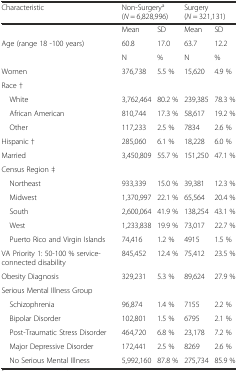
<table><thead><tr><td><b>Characteristic</b></td><td colspan="2"><b>Non-Surgery<sup>a</sup> (<i>N</i> = 6,828,996)</b></td><td colspan="2"><b>Surgery (<i>N</i> = 321,131)</b></td></tr></thead><tbody><tr><td></td><td>Mean</td><td>SD</td><td>Mean</td><td>SD</td></tr><tr><td>Age (range 18 -100 years)</td><td>60.8</td><td>17.0</td><td>63.7</td><td>12.2</td></tr><tr><td></td><td>N</td><td>%</td><td>N</td><td>%</td></tr><tr><td>Women</td><td>376,738</td><td>5.5 %</td><td>15,620</td><td>4.9 %</td></tr><tr><td>Race †</td><td></td><td></td><td></td><td></td></tr><tr><td> White</td><td>3,762,464</td><td>80.2 %</td><td>239,385</td><td>78.3 %</td></tr><tr><td> African American</td><td>810,744</td><td>17.3 %</td><td>58,617</td><td>19.2 %</td></tr><tr><td> Other</td><td>117,233</td><td>2.5 %</td><td>7834</td><td>2.6 %</td></tr><tr><td>Hispanic †</td><td>285,060</td><td>6.1 %</td><td>18,228</td><td>6.0 %</td></tr><tr><td>Married</td><td>3,450,809</td><td>55.7 %</td><td>151,250</td><td>47.1 %</td></tr><tr><td>Census Region ‡</td><td></td><td></td><td></td><td></td></tr><tr><td> Northeast</td><td>933,339</td><td>15.0 %</td><td>39,381</td><td>12.3 %</td></tr><tr><td> Midwest</td><td>1,370,997</td><td>22.1 %</td><td>65,564</td><td>20.4 %</td></tr><tr><td> South</td><td>2,600,064</td><td>41.9 %</td><td>138,254</td><td>43.1 %</td></tr><tr><td> West</td><td>1,233,838</td><td>19.9 %</td><td>73,017</td><td>22.7 %</td></tr><tr><td> Puerto Rico and Virgin Islands</td><td>74,416</td><td>1.2 %</td><td>4915</td><td>1.5 %</td></tr><tr><td>VA Priority 1: 50-100 % service-connected disability</td><td>845,452</td><td>12.4 %</td><td>75,412</td><td>23.5 %</td></tr><tr><td>Obesity Diagnosis</td><td>329,231</td><td>5.3 %</td><td>89,624</td><td>27.9 %</td></tr><tr><td>Serious Mental Illness Group</td><td></td><td></td><td></td><td></td></tr><tr><td> Schizophrenia</td><td>96,874</td><td>1.4 %</td><td>7155</td><td>2.2 %</td></tr><tr><td> Bipolar Disorder</td><td>102,801</td><td>1.5 %</td><td>6795</td><td>2.1 %</td></tr><tr><td> Post-Traumatic Stress Disorder</td><td>464,720</td><td>6.8 %</td><td>23,178</td><td>7.2 %</td></tr><tr><td> Major Depressive Disorder</td><td>172,441</td><td>2.5 %</td><td>8269</td><td>2.6 %</td></tr><tr><td> No Serious Mental Illness</td><td>5,992,160</td><td>87.8 %</td><td>275,734</td><td>85.9 %</td></tr></tbody></table>